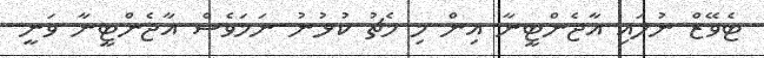
ޓެވޭޭޒް ނުލައި އާޖެންޓީނާ އިން މި މެޗު ކުޅުނު ނަމަވެސް އާޖެންޓީނާ ވަނީ